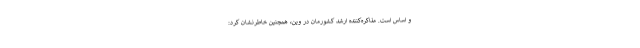
و اساس است. مذاکره‌کننده ارشد کشورمان در وین، همچنین خاطرنشان کرد: